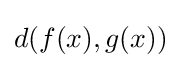
d(f(x),g(x))